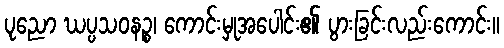
ပုညော ဃပ္ပသဝနဉ္စ၊ ကောင်းမှုအပေါင်း၏ ပွားခြင်းလည်းကောင်း။